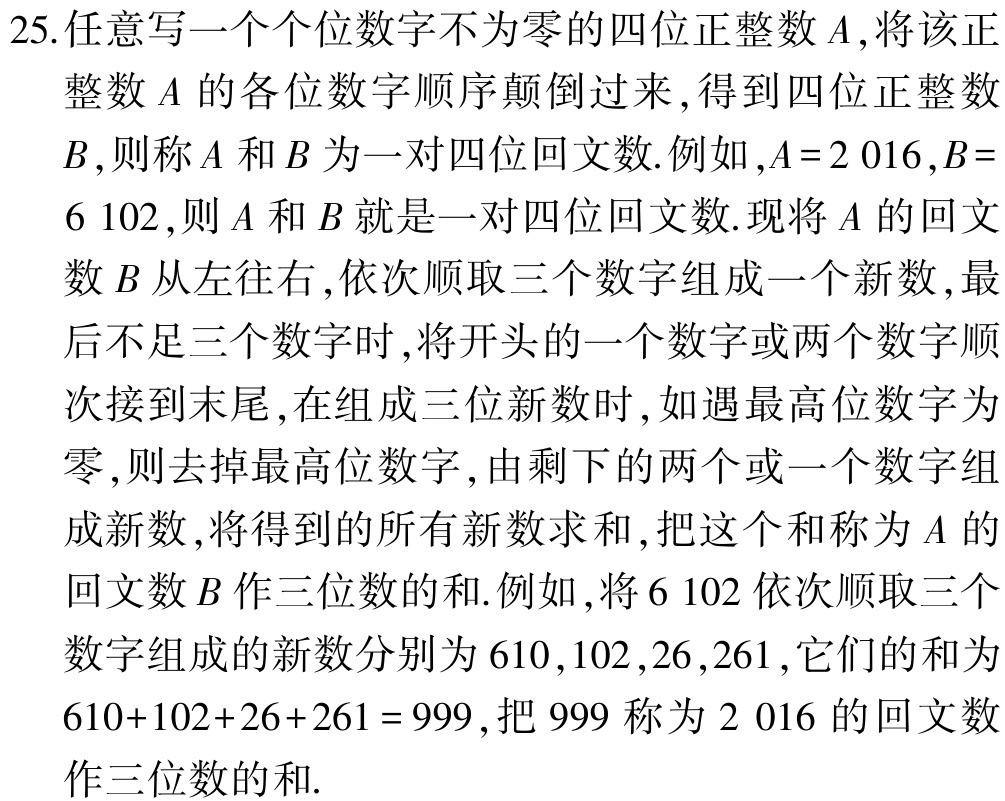
25.任意写一个个位数字不为零的四位正整数\(A\)，将该正整数\(A\)的各位数字顺序颠倒过来，得到四位正整数\(B\)，则称\(A\)和\(B\)为一对四位回文数.例如，\(A = 2\ 016\)，\(B = 6\ 102\)，则\(A\)和\(B\)就是一对四位回文数.现将\(A\)的回文数\(B\)从左往右，依次顺取三个数字组成一个新数，最后不足三个数字时，将开头的一个数字或两个数字顺次接到末尾，在组成三位新数时，如遇最高位数字为零，则去掉最高位数字，由剩下的两个或一个数字组成新数，将得到的所有新数求和，把这个和称为\(A\)的回文数\(B\)作三位数的和.例如，将\(6\ 102\)依次顺取三个数字组成的新数分别为\(610\)，\(102\)，\(26\)，\(261\)，它们的和为\(610 + 102+26 + 261 = 999\)，把\(999\)称为\(2\ 016\)的回文数作三位数的和.